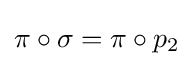
\pi \circ \sigma =\pi \circ p_{2}